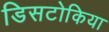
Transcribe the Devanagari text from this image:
डिसटोकिया